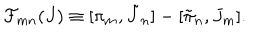
LaTeX: { \cal F } _ { m n } ( J ) \equiv [ \pi _ { m } , \tilde { J } _ { n } ] - [ \tilde { \pi } _ { n } , J _ { m } ] .